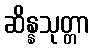
ဆိန္နသုတ္တာ